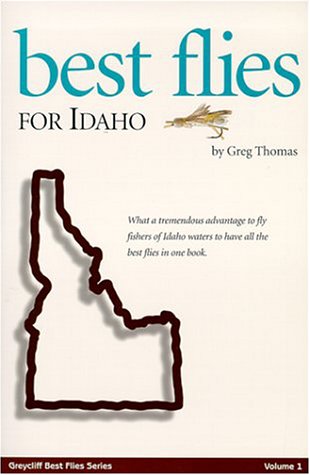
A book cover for Best Flies for Idaho (Greycliff Best Flies); Greg Thomas; Travel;